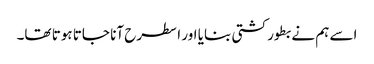
اسے ہم نے بطور کشتی بنایا اور ا سطرح آنا جاتا ہوتا تھا۔